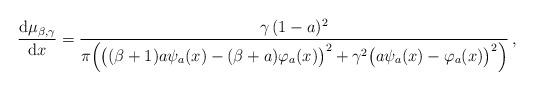
LaTeX: \begin{align*}\frac{\mbox{d}\mu_{\beta,\gamma}}{\mbox{d}x}=\frac{\gamma\,(1-a)^{2}}{\pi\!\left(\big((\beta+1)a\psi_{a}(x)-(\beta+a)\varphi_{a}(x)\big)^{2}+\gamma^{2}\big(a\psi_{a}(x)-\varphi_{a}(x)\big)^{2}\right)}\,,\end{align*}